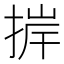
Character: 𢮹